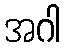
အဂါ